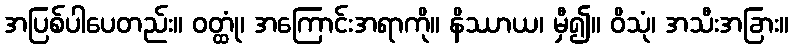
အပြစ်ပါပေတည်း။ ဝတ္ထုံ၊ အကြောင်းအရာကို။ နိဿာယ၊ မှီ၍။ ဝိသုံ၊ အသီးအခြား။